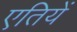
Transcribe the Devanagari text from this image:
एतियें